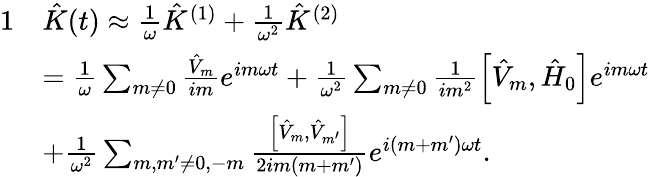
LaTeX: \begin{array}{rl}{{1}}&{\hat{K}(t)\approx\frac{1}{\omega}\hat{K}^{(1)}+\frac{1}{\omega^{2}}\hat{K}^{(2)}}\\ &{=\frac{1}{\omega}\sum_{m\neq 0}\frac{\hat{V}_{m}}{im}e^{im\omega t}+\frac{1}{\omega^{2}}\sum_{m\neq 0}\frac{1}{im^{2}}\left[\hat{V}_{m},\hat{H}_{0}\right]e^{im\omega t}}\\ &{+\frac{1}{\omega^{2}}\sum_{m,m^{\prime}\neq 0,-m}\frac{\left[\hat{V}_{m},\hat{V}_{m^{\prime}}\right]}{2im(m+m^{\prime})}e^{i(m+m^{\prime})\omega t}.}\end{array}